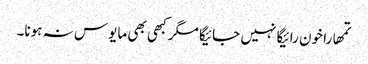
تمھارا خون رائیگا نہیں جائیگا مگر کبھی بھی مایوس نہ ہونا۔